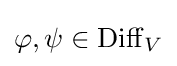
\varphi ,\psi \in \operatorname {Diff} _{V}